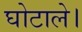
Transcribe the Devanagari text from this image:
घोटाले।